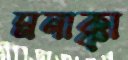
মনাক্কা